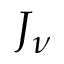
J _ { \nu }